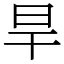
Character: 旱